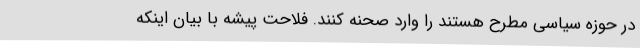
در حوزه سیاسی مطرح هستند را وارد صحنه کنند. فلاحت پیشه با بیان اینکه